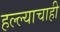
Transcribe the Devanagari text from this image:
हल्ल्याचाही